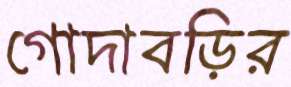
গোদাবড়ির